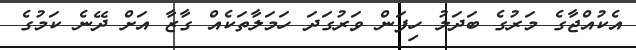
އެކުއްޖާގެ މަރުގެ ބަދަލު ހިފަން ވަރުގަދަ ހަމަލާތަކެއް ގާޒާ އަށް ދޭނެ ކަމުގެ